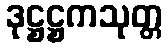
ဒုဋ္ဌဋ္ဌကသုတ္တ